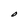
Character: O